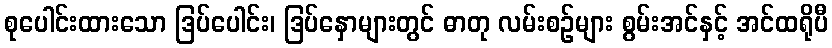
စုပေါင်းထားသော ဒြပ်ပေါင်း၊ ဒြပ်နှောများတွင် ဓာတု လမ်းစဉ်များ စွမ်းအင်နှင့် အင်ထရိုပီ